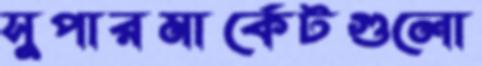
সুপারমার্কেটগুলো